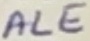
Text: AL